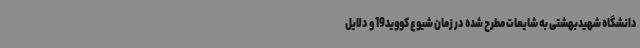
دانشگاه شهیدبهشتی به شایعات مطرح شده در زمان شیوع کووید19 و دلایل